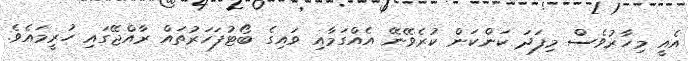
އެއީ މިހާރުވެސް މިފަދަ ކަންކަން ކުރެވޭނޭ އެއްގަމާއި ވައިގެ ބޯޓުފަހަރުތައް ރާއްޖޭގައި ހުރީމައެވެ.